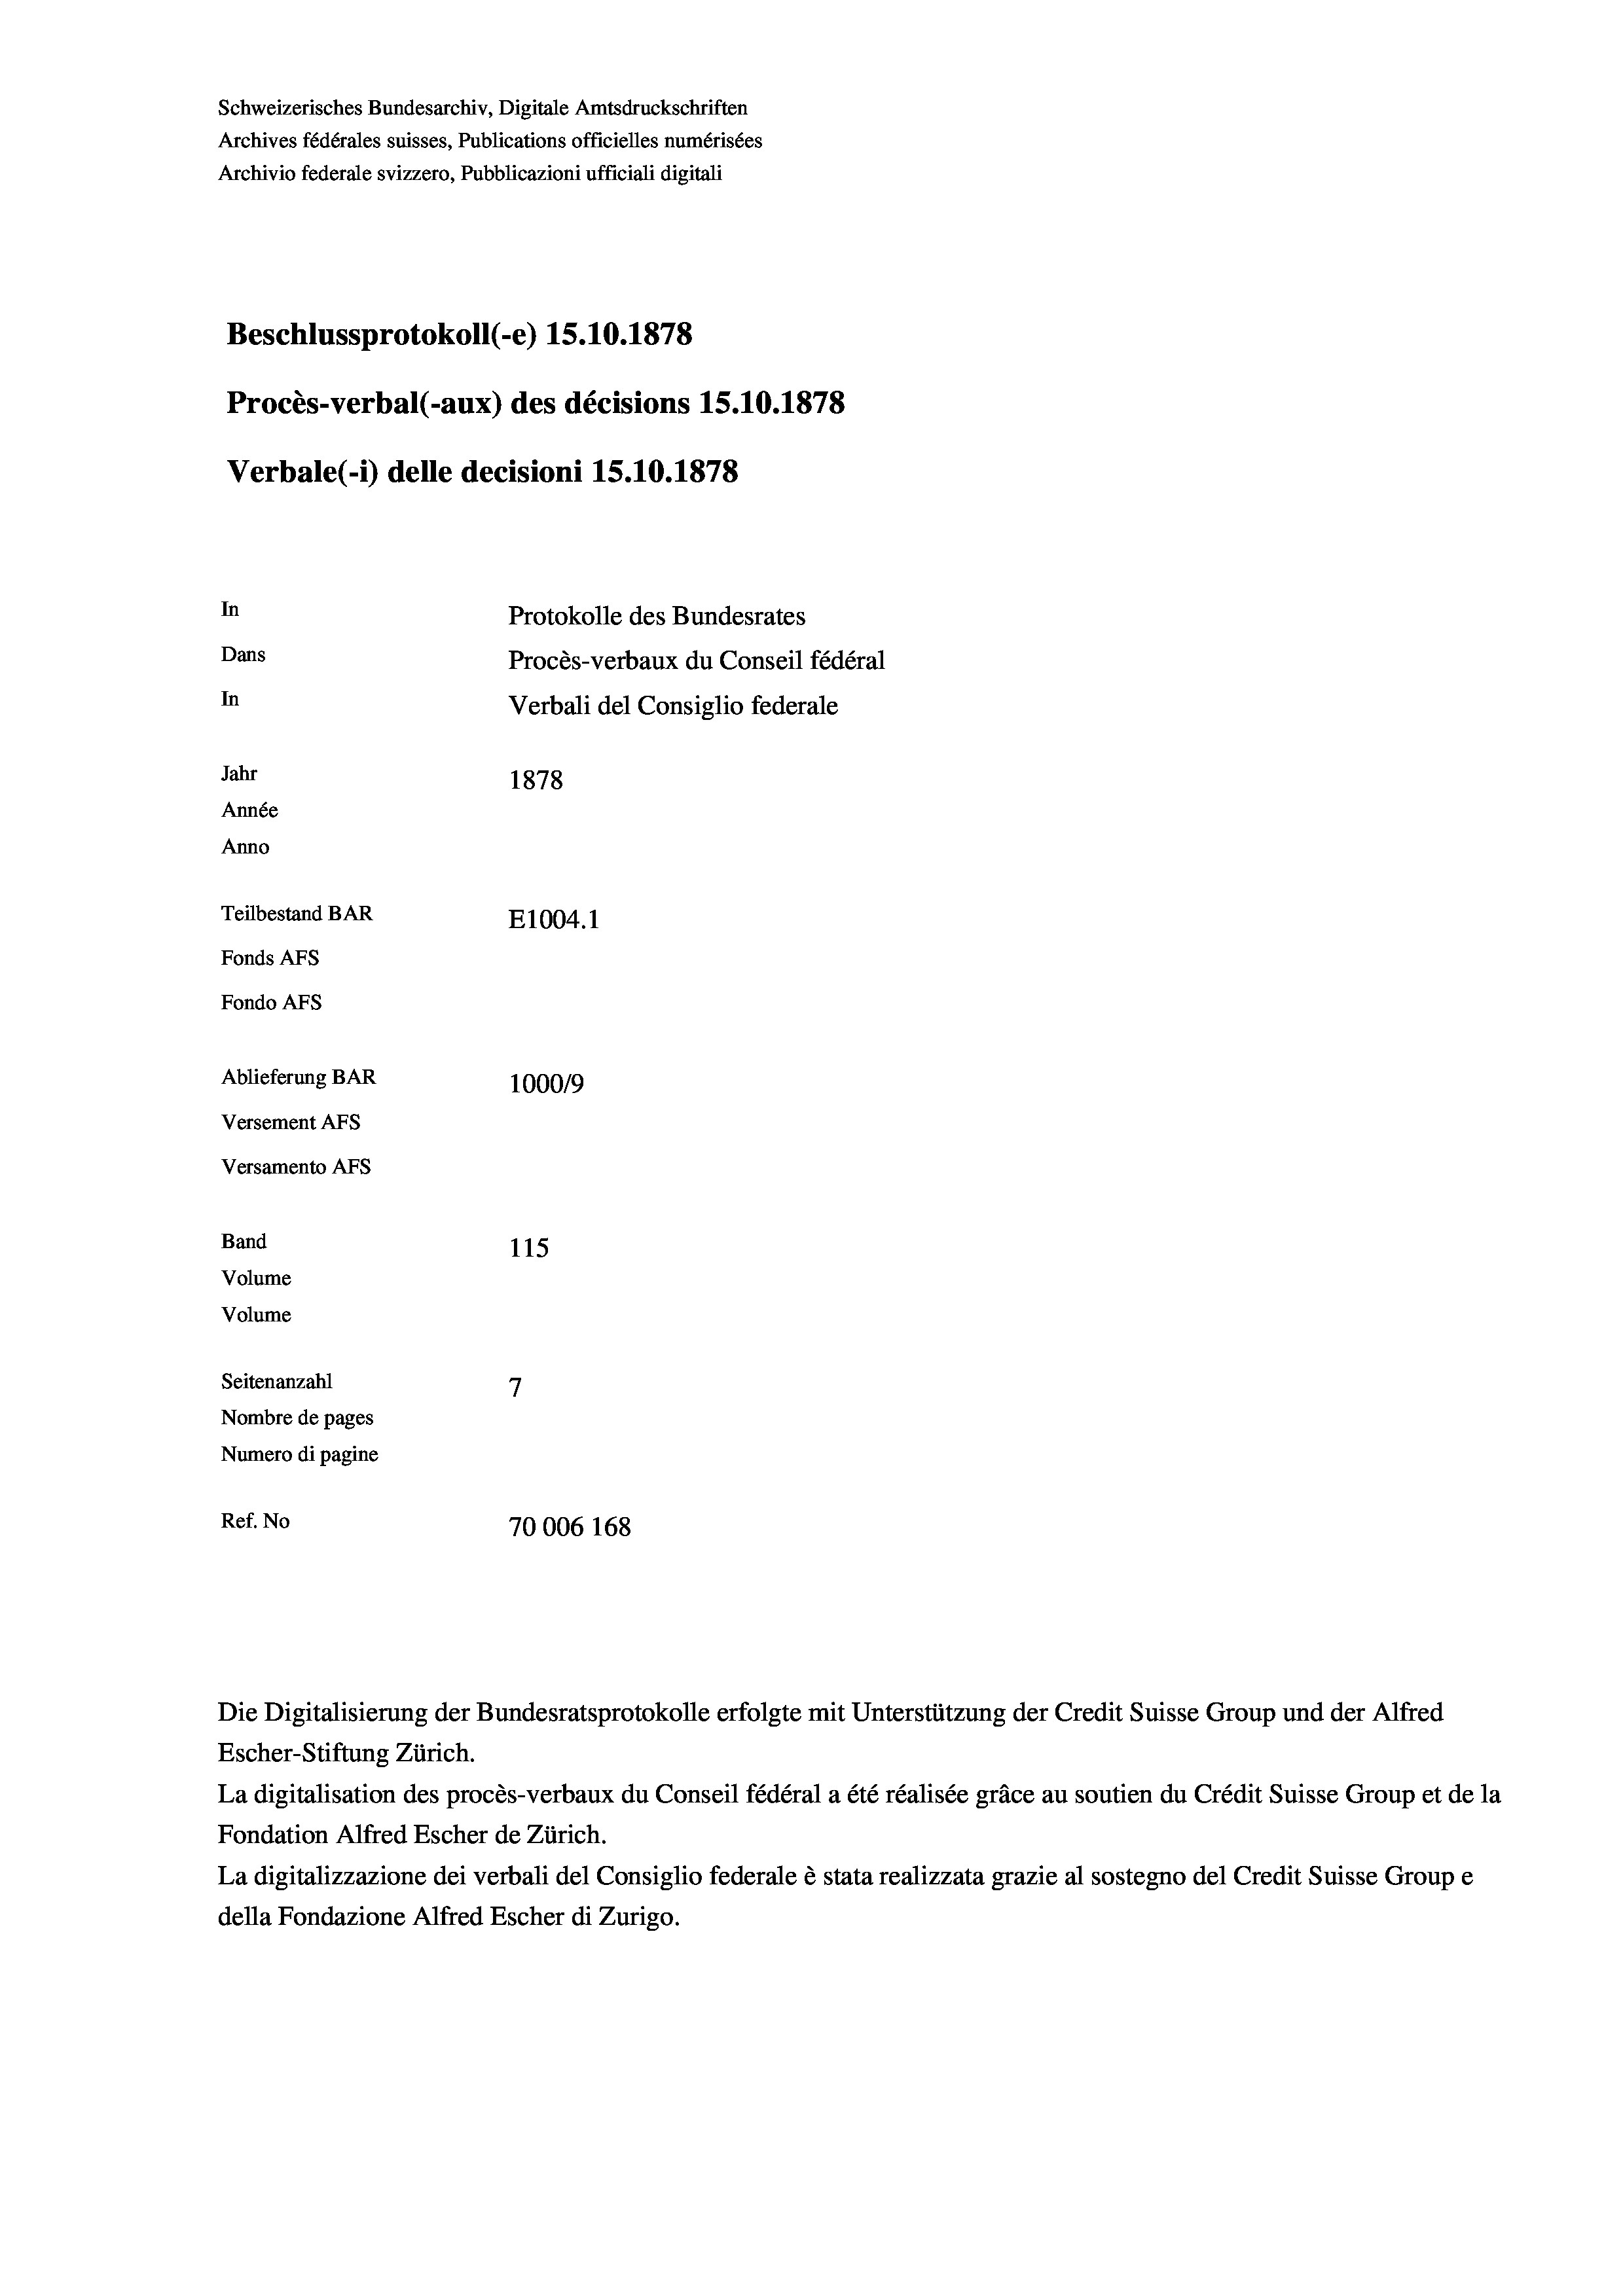
Schweizerisches Bundesarchiv, Digitale Amtsdruckschriften
Archives fédérales suisses, Publications officielles numérisées
Archivio federale svizzero, Pubblicazioni ufficiali digitali
Beschlussprotokoll (-e) 15.10.1878
Procès-verbal (-aux) des décisions 15.10.1878
Verbale(*) delle decisioni 15.10.1878
In
Protokolle des Bundesrates
Dans
Procès-verbaux du Conseil fédéral
In
Verbali del Consiglio federale
Jahr
1878
Année
Anno
Teilbestand BAR
E1004. 1
Fonds AFs
Fondo AFS
Ablieferung BAR
100019
Versement AFS
Versamento Afs
Band
115
Volume
Volume
7
Seitenanzahl
Nombre de pages
Numero di pagine
Ref. No
70006 168

Escher-Stiftung Zürich.
La digitalisation des procès-verbaux du Conseil fédéral a été réalisée gräce au soutien du Crédit Suisse Group et de la
Fondation Alfred Escher de Zürich.
La digitalizzazione dei verbali del Consiglio federale è stata realizzata grazie al sostegno del Credit Suisse Groupe
della Fondazione Alfred Escher di Zurigo.

Die Digitalisierung der Bundesratsprotokolle erfolgte mit Unterstützung der Credit Suisse Group und der Alfred